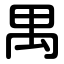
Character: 禺